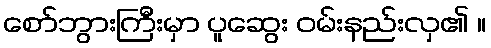
စော်ဘွားကြီးမှာ ပူဆွေး ဝမ်းနည်းလှ၏ ။